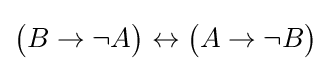
{\big (}B\to \neg A{\big )}\leftrightarrow {\big (}A\to \neg B{\big )}